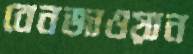
বেনজাওয়ান